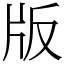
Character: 版